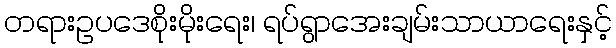
တရားဥပဒေစိုးမိုးရေး၊ ရပ်ရွာအေးချမ်းသာယာရေးနှင့်